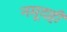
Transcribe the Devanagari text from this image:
नमूदही